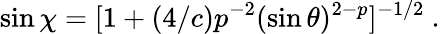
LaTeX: \sin\chi=[1+(4/c)p^{-2}(\sin\theta)^{2-p}]^{-1/2}\ .